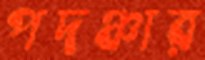
পদঞ্চার